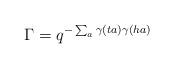
LaTeX: \begin{align*}\Gamma = q^{-\sum_a \gamma(ta)\gamma(ha)}\end{align*}